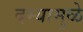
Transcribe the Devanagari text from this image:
दम्यामुळे